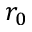
r _ { 0 }